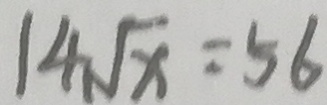
1 4 \sqrt { x } = 5 6